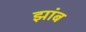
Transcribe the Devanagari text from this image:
झांब